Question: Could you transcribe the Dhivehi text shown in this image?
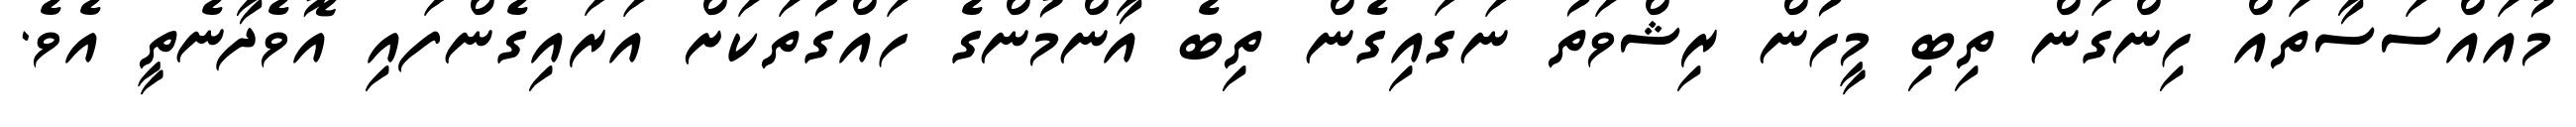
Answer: މުއައްސަސާތައް ހިންގަން ތިބި މީހުން ރިޝްވަތު ނަގައިގެން ތިބެ އާންމުންގެ ހައްގުތަކަށް އަރައިގެންފައި އޮވެދާނެތީ އެވެ.